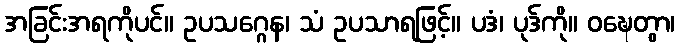
အခြင်းအရကိုပင်။ ဥပသဂ္ဂေန၊ သံ ဥပသာရဖြင့်။ ပဒံ၊ ပုဒ်ကို။ ဝဍ္ဎေတွာ၊